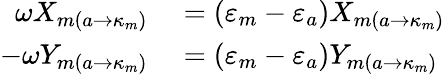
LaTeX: \begin{array}{rl}{\omega X_{m\left(a\rightarrow\kappa_{m}\right)}}&{{}=(\varepsilon_{m}-\varepsilon_{a})X_{m\left(a\rightarrow\kappa_{m}\right)}}\\ {-\omega Y_{m\left(a\rightarrow\kappa_{m}\right)}}&{{}=(\varepsilon_{m}-\varepsilon_{a})Y_{m\left(a\rightarrow\kappa_{m}\right)}}\end{array}